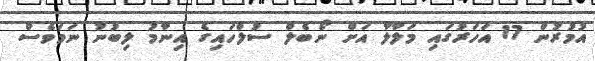
އުމުރުން 17 އަހަރުގައި މަލާލާ އަށް ނޯބެލް ސުލްހައިގެ އިނާމު ލިބުނު ނަމަވެސް